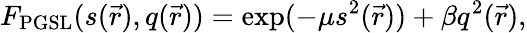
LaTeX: F_{\mathrm{PGSL}}(s(\vec{r}),q(\vec{r}))=\exp(-\mu s^{2}(\vec{r}))+\beta q^{2}(\vec{r}),